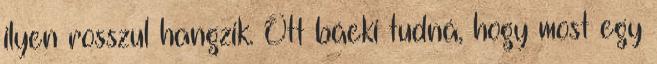
ilyen rosszul hangzik. Ott báeki tudná, hogy most egy